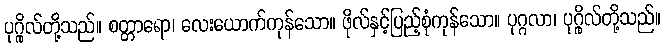
ပုဂ္ဂိုလ်တို့သည်။ စတ္တာရော၊ လေးယောက်ကုန်သော။ ဖိုလ်နှင့်ပြည့်စုံကုန်သော။ ပုဂ္ဂလာ၊ ပုဂ္ဂိုလ်တို့သည်။